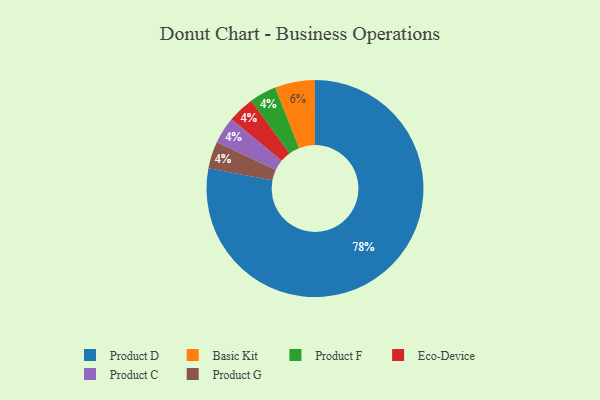
{"axis": {"x": "Category", "y": "Percentage"}, "legend": ["Basic Kit", "Eco-Device", "Product C", "Product D", "Product F", "Product G"], "data": [{"x": "Basic Kit", "y": 6, "type": "Basic Kit"}, {"x": "Product F", "y": 4, "type": "Product F"}, {"x": "Product D", "y": 78, "type": "Product D"}, {"x": "Eco-Device", "y": 4, "type": "Eco-Device"}, {"x": "Product C", "y": 4, "type": "Product C"}, {"x": "Product G", "y": 4, "type": "Product G"}]}